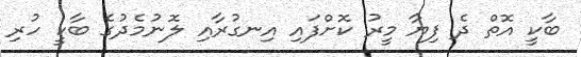
ބާކީ އޮތް ދެ ފިޔާ މީރު ކޮށްފައި އިނގުރާއި ލޮނުމެދުގެ ބާކީ ހުރި